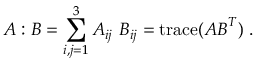
{ \boldsymbol { A } } : { \boldsymbol { B } } = \sum _ { i , j = 1 } ^ { 3 } A _ { i j } ~ B _ { i j } = \operatorname { t r a c e } ( { \boldsymbol { A } } { \boldsymbol { B } } ^ { T } ) ~ .